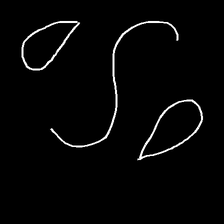
Glyph: water